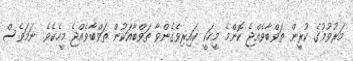
މަރުވުމުގެ ކުރީން ތަވްބާވެއްޖެ ކޮންމެ މީހަކީ ކައިރިވެގެންވާ ތަވްބާއަކުން ތަވްބާވެއްޖެ މީހެކެވެ. ނަމަވެސް